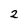
Character: 2